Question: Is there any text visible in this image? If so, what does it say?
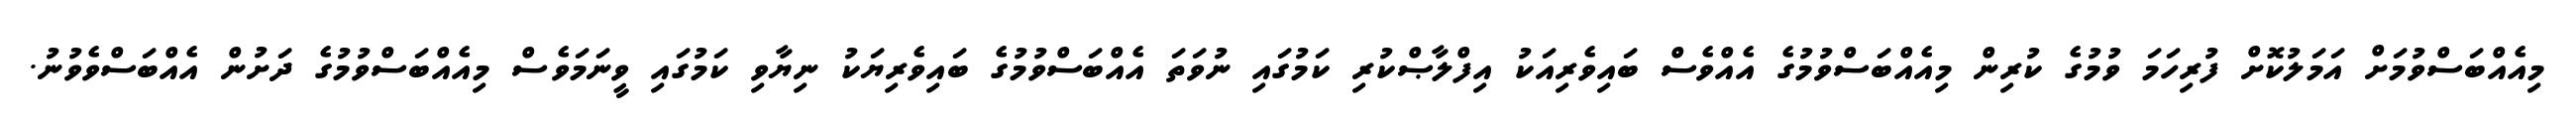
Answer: މިއެއްބަސްވުމަށް އަމަލުކޮށް ފުރިހަމަ ވުމުގެ ކުރިން މިއެއްބަސްވުމުގެ އެއްވެސް ބައިވެރިއަކު އިފްލާޞްކުރި ކަމުގައި ނުވަތަ އެއްބަސްވުމުގެ ބައިވެރިޔަކު ނިޔާވި ކަމުގައި ވީނަމަވެސް މިއެއްބަސްވުމުގެ ދަށުން އެއްބަސްވެވުނު.